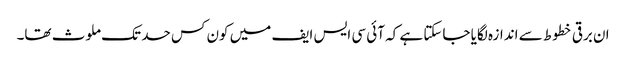
ان برقی خطوط سے اندازہ لگایا جاسکتا ہے کہ آئی سی ایس ایف میں کون کس حد تک ملوث تھا۔